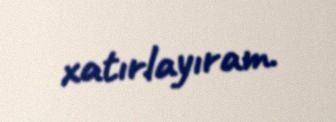
xatırlayıram.